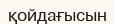
қойдағысын